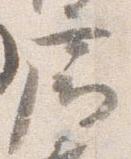
廊